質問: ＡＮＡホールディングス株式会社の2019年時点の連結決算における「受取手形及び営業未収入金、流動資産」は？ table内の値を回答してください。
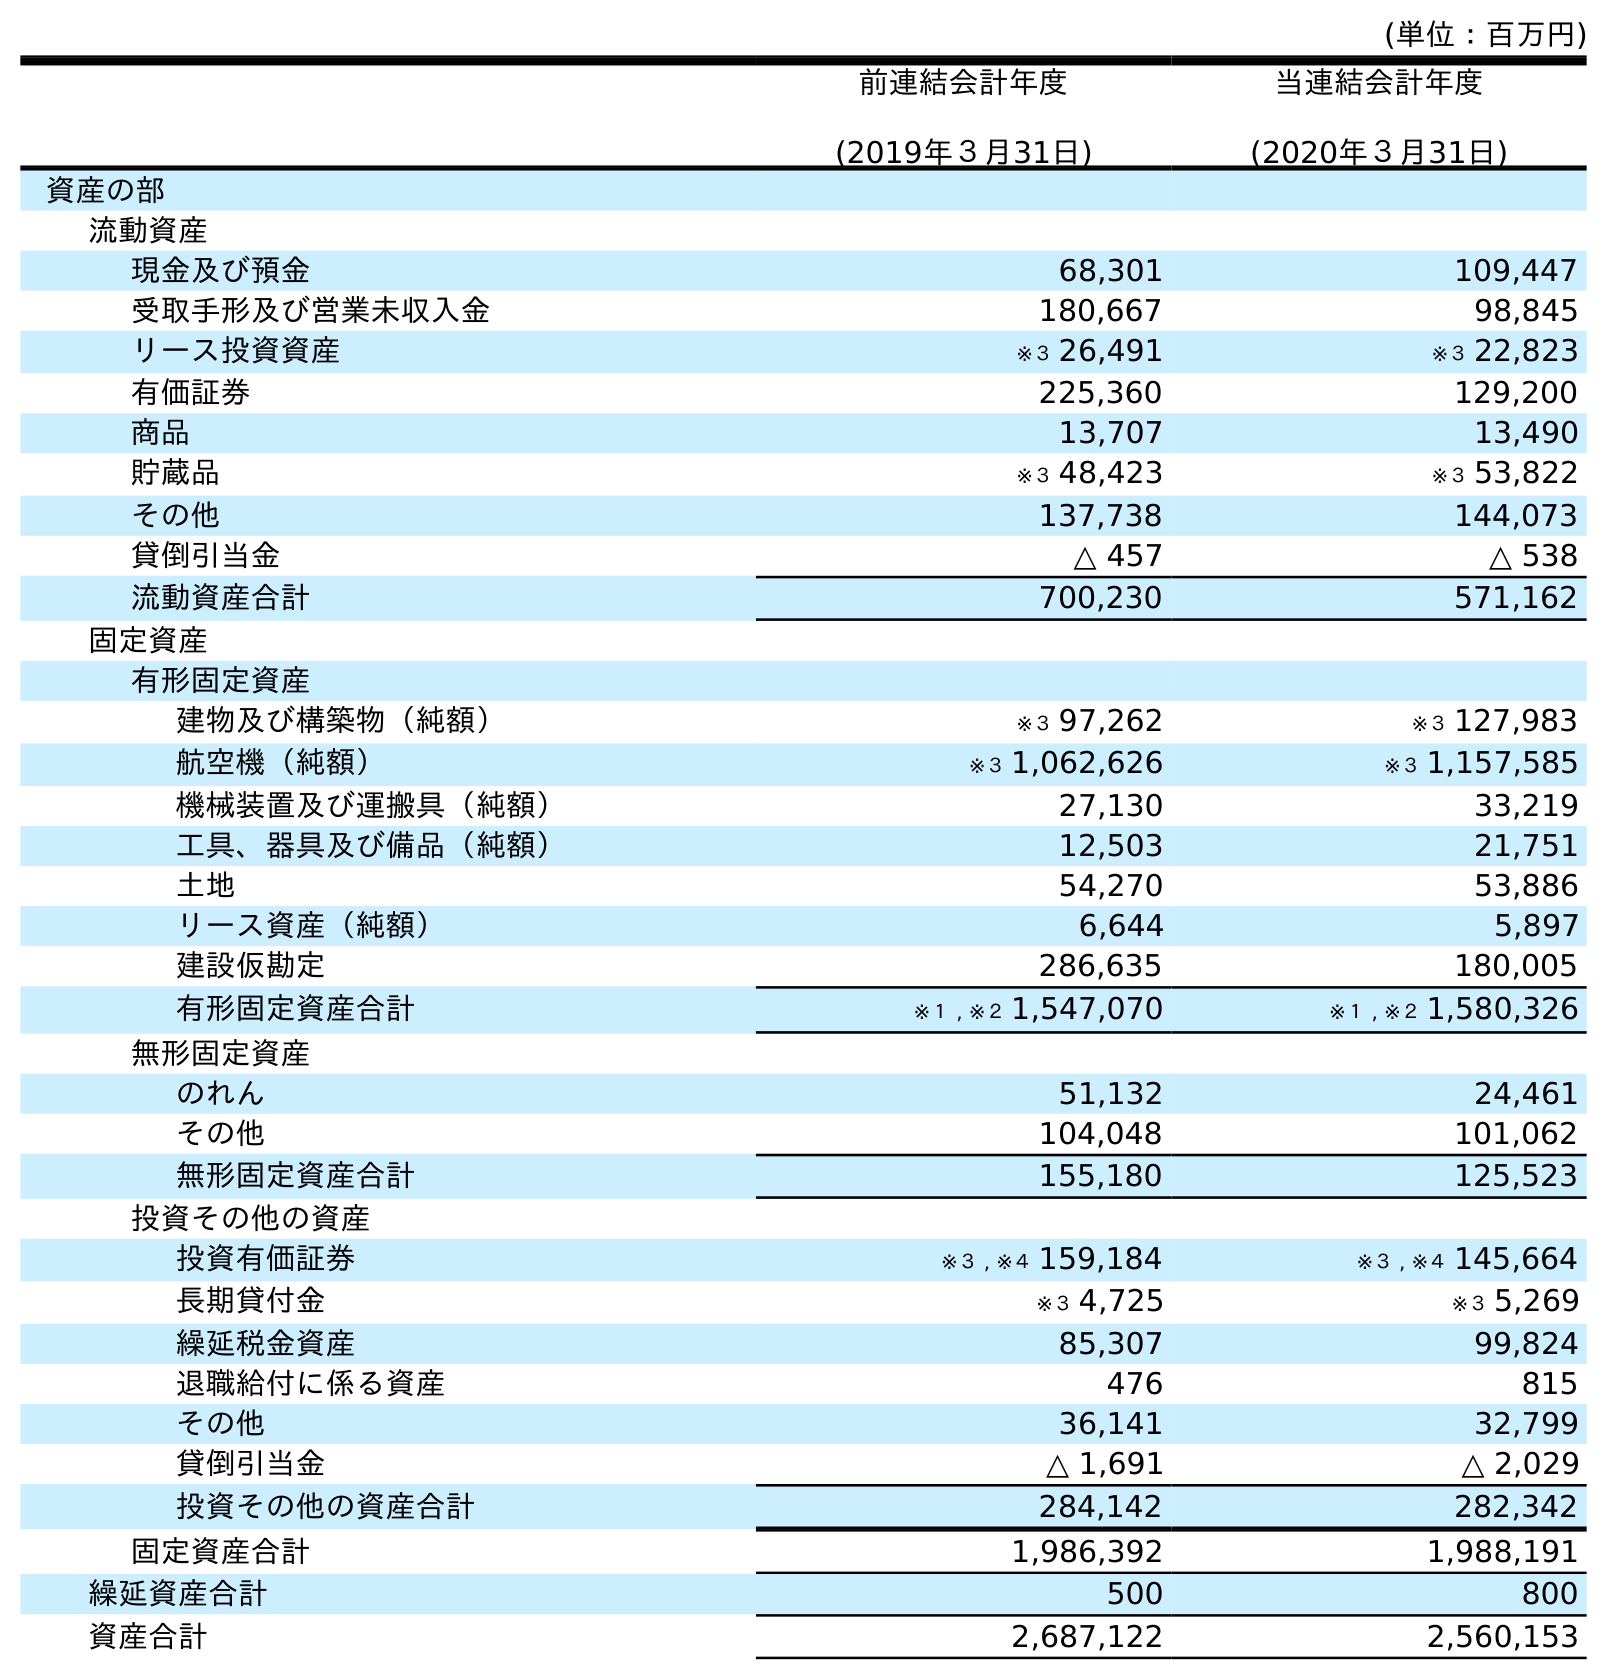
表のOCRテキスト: (単位：百万円) 前連結会計年度 (2019年３月31日) 当連結会計年度 (2020年３月31日) 資産の部 流動資産 現金及び預金 68,301 109,447 受取手形及び営業未収入金 180,667 98,845 リース投資資産 ※３ 26,491 ※３ 22,823 有価証券 225,360 129,200 商品 13,707 13,490 貯蔵品 ※３ 48,423 ※３ 53,822 その他 137,738 144,073 貸倒引当金 △ 457 △ 538 流動資産合計 700,230 571,162 固定資産 有形固定資産 建物及び構築物（純額） ※３ 97,262 ※３ 127,983 航空機（純額） ※３ 1,062,626 ※３ 1,157,585 機械装置及び運搬具（純額） 27,130 33,219 工具、器具及び備品（純額） 12,503 21,751 土地 54,270 53,886 リース資産（純額） 6,644 5,897 建設仮勘定 286,635 180,005 有形固定資産合計 ※１ , ※２ 1,547,070 ※１ , ※２ 1,580,326 無形固定資産 のれん 51,132 24,461 その他 104,048 101,062 無形固定資産合計 155,180 125,523 投資その他の資産 投資有価証券 ※３ , ※４ 159,184 ※３ , ※４ 145,664 長期貸付金 ※３ 4,725 ※３ 5,269 繰延税金資産 85,307 99,824 退職給付に係る資産 476 815 その他 36,141 32,799 貸倒引当金 △ 1,691 △ 2,029 投資その他の資産合計 284,142 282,342 固定資産合計 1,986,392 1,988,191 繰延資産合計 500 800 資産合計 2,687,122 2,560,153
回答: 180,667